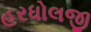
હરધોલજી